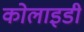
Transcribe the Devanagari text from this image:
कोलाइडी